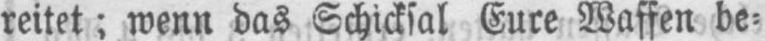
reitet; wenn das Schicksal Eure Waffen be⸗